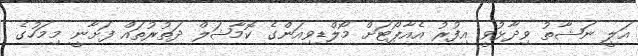
އަލީ ނަޝާތު ވިދާޅުވީ އިފުރު އެއާޕޯޓަށް މޯލްޑިވިއަންގެ ކޮމާޝަލް ދަތުރުތައް ފަށާނީ މިމަހުގެ